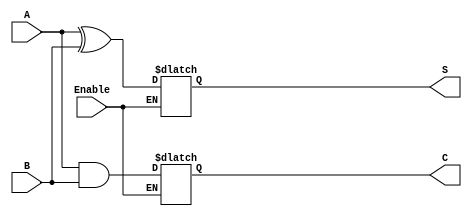
module Conditional_Half_Adder (
    input wire A,        // First input bit
    input wire B,        // Second input bit
    input wire Enable,   // Control signal
    output reg S,        // Sum output
    output reg C         // Carry output
);

// Always block to handle the conditional logic
always @(*) begin
    if (Enable) begin
        S = A ^ B;      // Sum calculation (XOR)
        C = A & B;      // Carry calculation (AND)
    end else begin
        // Retain previous values when Enable is LOW
        S = S;          // Hold previous sum
        C = C;          // Hold previous carry
    end
end

endmodule